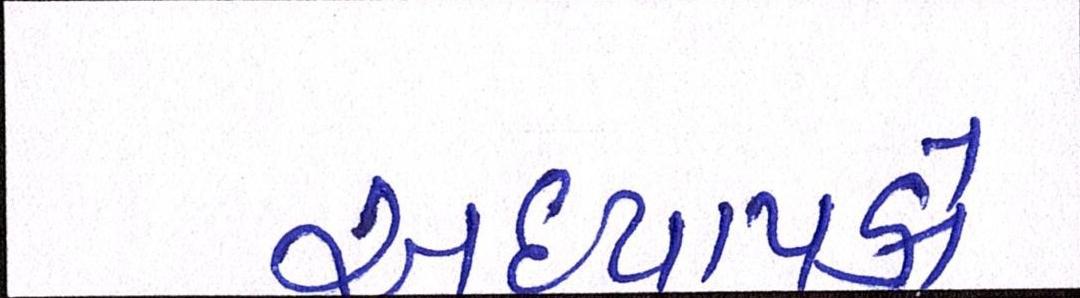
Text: અધ્યાપકો